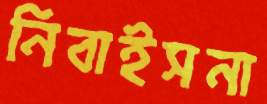
নিবাইসনা